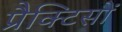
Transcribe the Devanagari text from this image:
प्रैक्टिसों